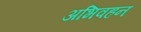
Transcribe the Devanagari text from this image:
अभिवहन